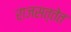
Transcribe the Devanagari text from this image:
राजसत्तेत